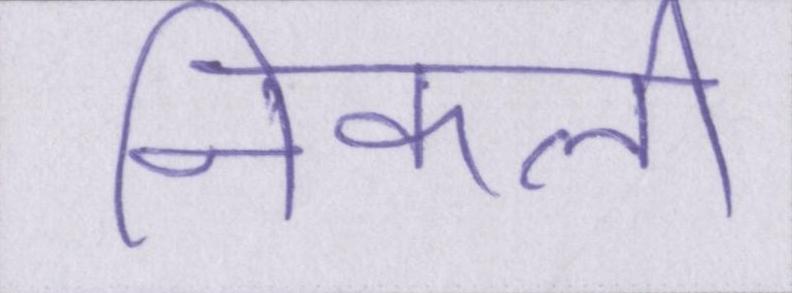
निकली